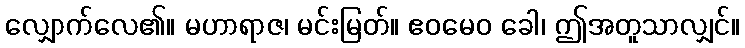
လျှောက်လေ၏။ မဟာရာဇ၊ မင်းမြတ်။ ဧဝမေဝ ခေါ၊ ဤအတူသာလျှင်။